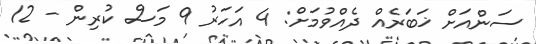
ސަންއަށް ޚަބަރެއް ދެއްވުމަށް: 4 އަހަރު 9 މަސް ކުރިން - 12